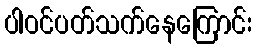
ပါဝင်ပတ်သက်နေကြောင်း